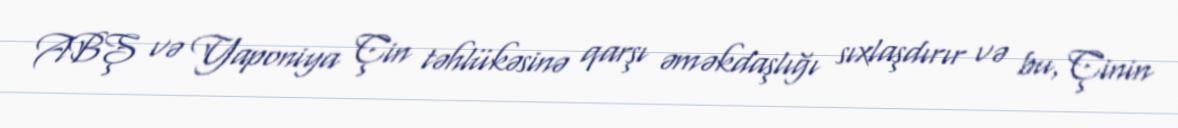
ABŞ və Yaponiya Çin təhlükəsinə qarşı əməkdaşlığı sıxlaşdırır və bu, Çinin